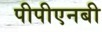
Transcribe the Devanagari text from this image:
पीपीएनबी